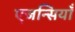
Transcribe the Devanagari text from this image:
एजन्सियाँ